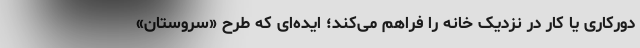
دورکاری یا کار در نزدیک خانه را فراهم می‌کند؛ ایده‌ای که طرح «سروستان»